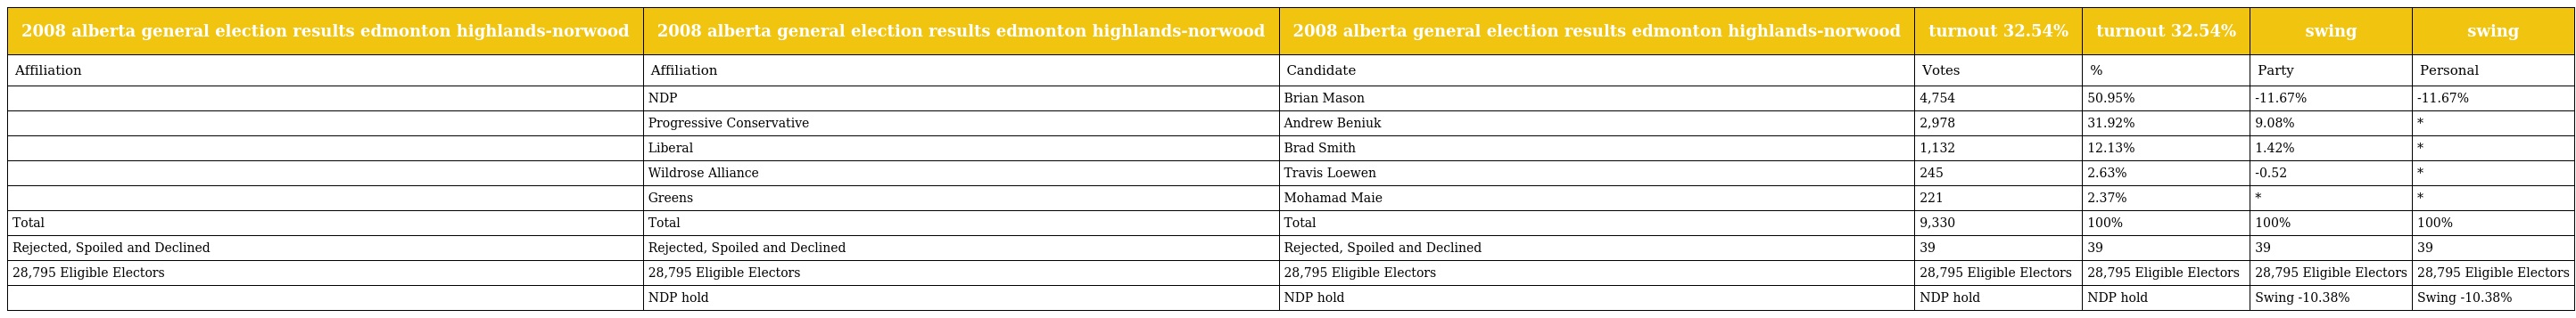
| 2008 alberta general election results edmonton highlands-norwood | 2008 alberta general election results edmonton highlands-norwood | 2008 alberta general election results edmonton highlands-norwood | turnout 32.54% | turnout 32.54% | swing | swing |
 | --- | --- | --- | --- | --- | --- | --- |
 | Affiliation | Affiliation | Candidate | Votes | % | Party | Personal |
 |  | NDP | Brian Mason | 4,754 | 50.95% | -11.67% | -11.67% |
 |  | Progressive Conservative | Andrew Beniuk | 2,978 | 31.92% | 9.08% | * |
 |  | Liberal | Brad Smith | 1,132 | 12.13% | 1.42% | * |
 |  | Wildrose Alliance | Travis Loewen | 245 | 2.63% | -0.52 | * |
 |  | Greens | Mohamad Maie | 221 | 2.37% | * | * |
 | Total | Total | Total | 9,330 | 100% | 100% | 100% |
 | Rejected, Spoiled and Declined | Rejected, Spoiled and Declined | Rejected, Spoiled and Declined | 39 | 39 | 39 | 39 |
 | 28,795 Eligible Electors | 28,795 Eligible Electors | 28,795 Eligible Electors | 28,795 Eligible Electors | 28,795 Eligible Electors | 28,795 Eligible Electors | 28,795 Eligible Electors |
 |  | NDP hold | NDP hold | NDP hold | NDP hold | Swing -10.38% | Swing -10.38% |